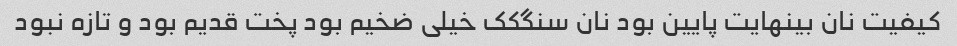
کیفیت نان بینهایت پایین بود نان سنگکک خیلی ضخیم بود پخت قدیم بود و تازه نبود